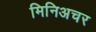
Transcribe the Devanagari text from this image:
मिनिअचर